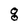
Character: g